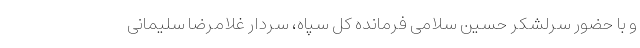
و با حضور سرلشکر حسین سلامی فرمانده کل سپاه، سردار غلامرضا سلیمانی